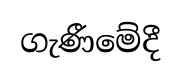
ගැණීමේදී